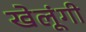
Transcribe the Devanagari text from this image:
खेलूंगी